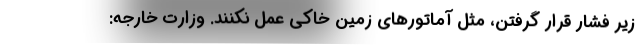
زیر فشار قرار گرفتن، مثل آماتورهای زمین خاکی عمل نکنند. وزارت خارجه: